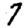
Digit: 7